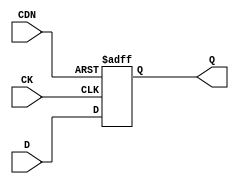
// This program was cloned from: https://github.com/chipsalliance/aib-phy-hardware
// License: Apache License 2.0

// SPDX-License-Identifier: Apache-2.0
// Copyright (C) 2019 Intel Corporation. 
module aibcr3_ulvt16_dffcdn_cust ( 
	input wire CK,
	input wire CDN,
	input wire D,
	output reg Q
);

always@(posedge CK or negedge CDN) begin
	if (!CDN) begin
		Q <= 1'b0;
	end
	else begin
		Q <= D;
	end
end
endmodule